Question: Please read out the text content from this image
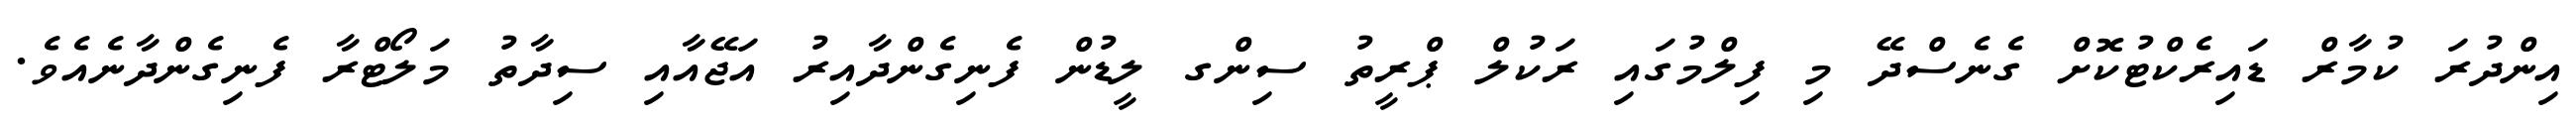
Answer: އިންދުރަ ކުމާރް ޑައިރެކްޓުކޮށް ގެނެސްދޭ މި ފިލްމުގައި ރަކުލް ޕްރީތު ސިންގ ލީޑުން ފެނިގެންދާއިރު އަޖޭއާއި ސިދާތު މަލޯޓްރާ ފެނިގެންދާނެއެވެ.